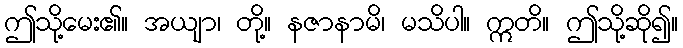
ဤသို့မေး၏။ အယျာ၊ တို့။ နဇာနာမိ၊ မသိပါ။ ဣတိ။ ဤသို့ဆို၍။